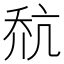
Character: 𪜎